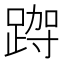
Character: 𮛮